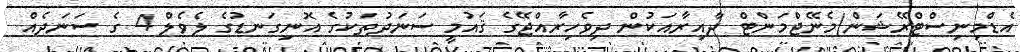
އެޑްމިނިސްޓްރޭޝަން/މެނޭޖްމަންޓް ދާއިރާއަކުން ދިވެހިރާއްޖޭގެ ޤައުމީ ސަނަދުތަކުގެ އޮނިގަނޑުގެ ލެވެލް 4 ގެ ސަނަދެއް